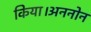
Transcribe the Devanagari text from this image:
किया।अननोन